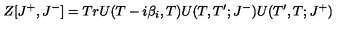
Z [ J ^ { + } , J ^ { - } ] = T r U ( T - i \beta _ { i } , T ) U ( T , T ^ { \prime } ; J ^ { - } ) U ( T ^ { \prime } , T ; J ^ { + } )